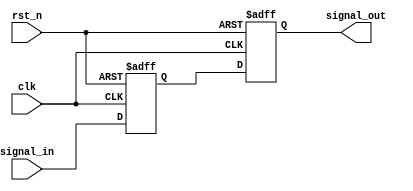
module metastability_detector (
    input wire clk,             // Clock signal
    input wire signal_in,       // Asynchronous input signal
    input wire rst_n,           // Asynchronous active-low reset
    output reg signal_out       // Stable output signal
);

// Internal signals for the flip-flops
reg ff1, ff2;

// Flip-Flop 1: Capture the input signal on the rising edge of clk
always @(posedge clk or negedge rst_n) begin
    if (!rst_n) begin
        ff1 <= 1'b0;           // Reset FF1 to known state
    end else begin
        ff1 <= signal_in;      // Capture signal_in
    end
end

// Flip-Flop 2: Capture the output of FF1 on the rising edge of clk
always @(posedge clk or negedge rst_n) begin
    if (!rst_n) begin
        ff2 <= 1'b0;           // Reset FF2 to known state
    end else begin
        ff2 <= ff1;            // Capture output of FF1
    end
end

// Output the stable signal from FF2
always @(*) begin
    signal_out = ff2;          // Assign stable output
end

endmodule